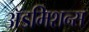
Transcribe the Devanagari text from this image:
अॅडमिशन्स